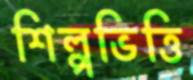
শিল্পভিত্তি